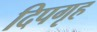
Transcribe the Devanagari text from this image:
दिपगृह